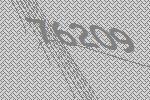
76209